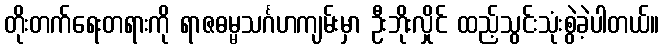
တိုးတက်ရေးတရားကို ရာဇဓမ္မသင်္ဂဟကျမ်းမှာ ဦးဘိုးလှိုင် ထည့်သွင်းသုံးစွဲခဲ့ပါတယ်။